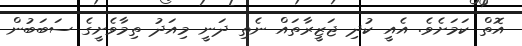
އޮތް ކަމަށެވެ. އެއީ ކުދި ޖަޒީރާތައް ނެތި ދަނީ މިއަދު ތިމާވެށީގެ ސަބަބުން